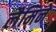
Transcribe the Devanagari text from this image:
लैमिने